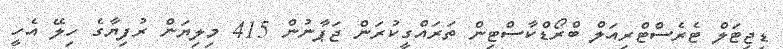
ޑިޖިޓަލް ޓެރެސްޓްރިއަލް ބްރޯޑްކާސްޓިން ތަރައްގީކުރަން ޖަޕާނުން 415 މިލިޔަން ރުފިޔާގެ ހިލޭ އެހީ